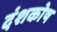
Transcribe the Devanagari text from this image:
दंशकोष